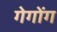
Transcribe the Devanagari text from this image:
गेगोंग